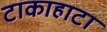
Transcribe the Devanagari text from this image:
टाकाहाटा